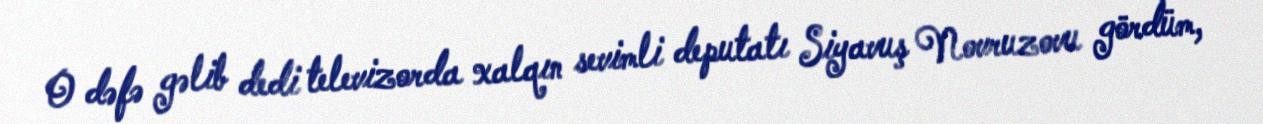
O dəfə gəlib dedi televizorda xalqın sevimli deputatı Siyavuş Novruzovu gördüm,